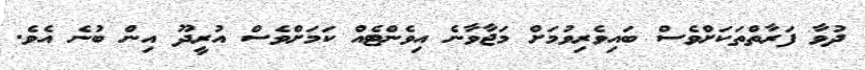
ދުވާ ފަރާތްތަކަށްވެސް ބައިވެރިވުމަށް މަޖާވާނެ އިވެންޓެއް ކަަމަށްވެސް އުރީދޫ އިން ބުނެ އެވެ.